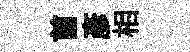
首彥相